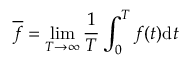
\overline { { f } } = \operatorname* { l i m } _ { T \rightarrow \infty } \frac { 1 } { T } \int _ { 0 } ^ { T } f ( t ) \mathrm { d } t